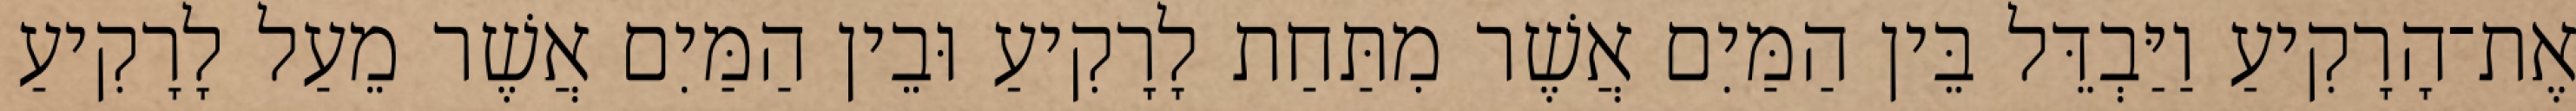
אֶת־הָרָקִיעַ וַיַּבְדֵּל בֵּין הַמַּיִם אֲשֶׁר מִתַּחַת לָרָקִיעַ וּבֵין הַמַּיִם אֲשֶׁר מֵעַל לָרָקִיעַ